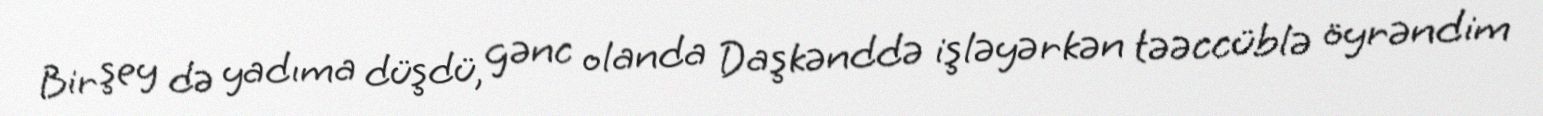
Bir şey də yadıma düşdü, gənc olanda Daşkənddə işləyərkən təəccüblə öyrəndim